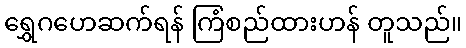
ရွှေဂဟေဆက်ရန် ကြံစည်ထားဟန် တူသည်။